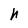
Character: h